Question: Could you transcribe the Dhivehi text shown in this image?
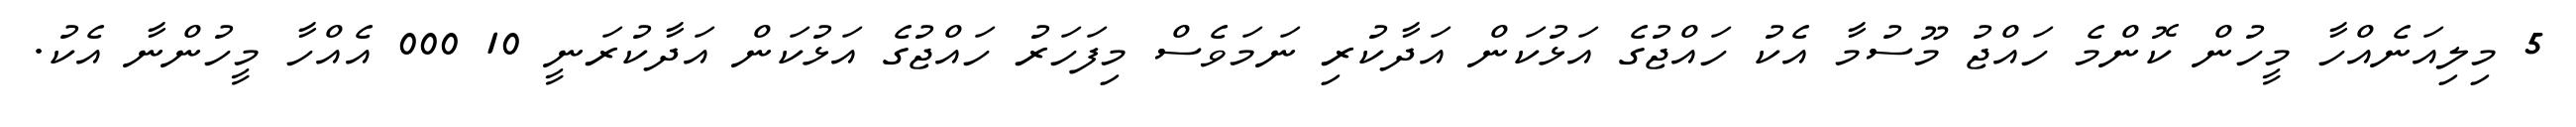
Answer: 5 މިލިއަނެއްހާ މީހުން ކޮންމެ ހައްޖު މޫސުމާ އެކު ހައްޖުގެ އަޅުކަން އަދާކުރި ނަމަވެސް މިފަހަރު ހައްޖުގެ އަޅުކަން އަދާކުރަނީ 10 000 އެއްހާ މީހުންނާ އެކު.